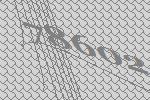
78602